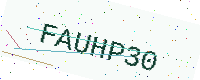
Text: FAUHP30